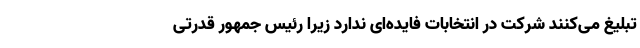
تبلیغ می‌کنند شرکت در انتخابات فایده‌ای ندارد زیرا رئیس جمهور قدرتی